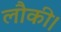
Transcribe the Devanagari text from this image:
लौकी।